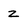
Character: Z